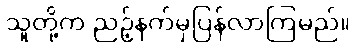
သူတို့က ညဉ့်နက်မှပြန်လာကြမည်။